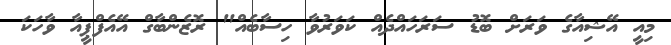
މިއީ އޭޝިއާގެ ވަރަށް ބޮޑު ސަރަހައްދެއް ކަވަރުވާ ހިސާބެއް" ރޮޒެންބާގް އޭއެފްޕީއާ ވާހަކަ